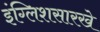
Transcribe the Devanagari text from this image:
इंग्लिशसारखे